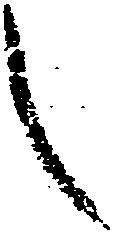
々